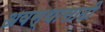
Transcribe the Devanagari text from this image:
अवस्थासाठी